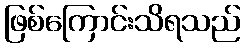
ဖြစ်ကြောင်းသိရသည်